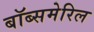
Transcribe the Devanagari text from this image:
बॉब्समेरिल